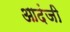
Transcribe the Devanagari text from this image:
आदंजी